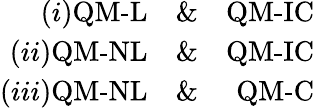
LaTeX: \begin{array}{rlr}{(i)\textrm{QM-L}}&{{}\& }&{\textrm{QM-IC}}\\ {(ii)\textrm{QM-NL}}&{{}\& }&{\textrm{QM-IC}}\\ {(iii)\textrm{QM-NL}}&{{}\& }&{\textrm{QM-C}}\end{array}